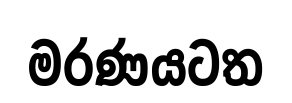
මරණයටත